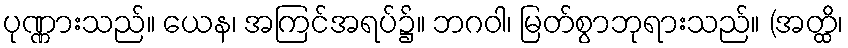
ပုဏ္ဏားသည်။ ယေန၊ အကြင်အရပ်၌။ ဘဂဝါ၊ မြတ်စွာဘုရားသည်။ (အတ္ထိ၊